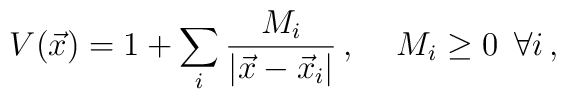
V(\vec{x})= 1 +\sum_{i}\frac{M_{i}}{|\vec{x}-\vec{x}_{i}|}\, ,\hspace{.5cm}M_{i}\geq 0\hspace{.2cm}\forall i\, ,